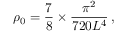
\rho _ { 0 } = { \frac { 7 } { 8 } } \times { \frac { \pi ^ { 2 } } { 7 2 0 L ^ { 4 } } } \, ,